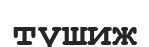
түшиж